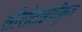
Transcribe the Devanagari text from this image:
सीरोटाइपीकृत